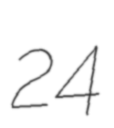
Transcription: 24